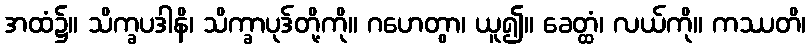
အထံ၌။ သိက္ခပဒါနိ၊ သိက္ခာပုဒ်တို့ကို။ ဂဟေတွာ၊ ယူ၍။ ခေတ္ထံ၊ လယ်ကို။ ကဿတိ၊